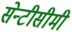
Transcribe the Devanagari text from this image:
सेन्टीसीमी